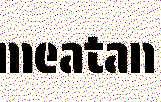
meatan